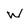
Character: W